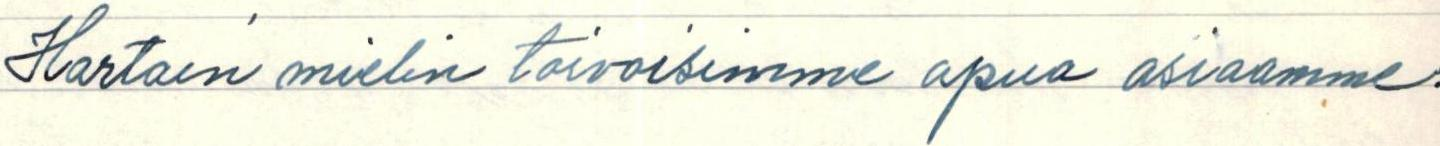
Hartain mielin toivoisimme apua asiaamme.